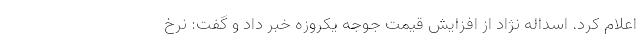
اعلام کرد. اسداله نژاد از افزایش قیمت جوجه یکروزه خبر داد و گفت: نرخ